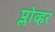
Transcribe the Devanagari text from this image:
प्लोव्हर